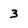
Character: 3